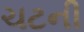
ચટની